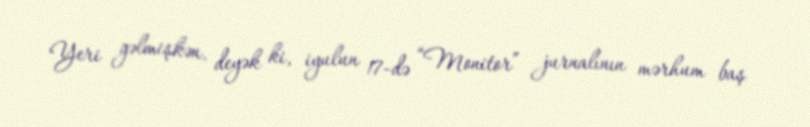
Yeri gəlmişkən, deyək ki, iyulun 17-də “Monitor” jurnalının mərhum baş